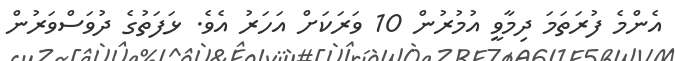
އެންމެ ފުރަތަމަ ދިމާވީ އުމުރުން 10 ވަރަކަށް އަހަރު އެވެ. ޅަފަތުގެ ދުވަސްވަރުން